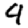
Digit: 9